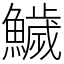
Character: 鱥